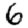
Digit: 6